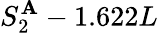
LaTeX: S_{2}^{\mathbf{A}}-1.622L